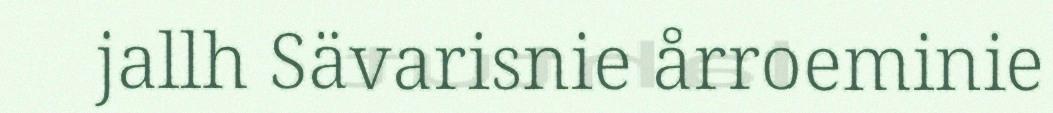
jallh Sävarisnie årroeminie